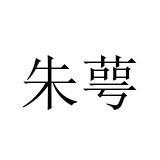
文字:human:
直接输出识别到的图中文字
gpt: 朱萼